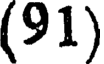
(91)